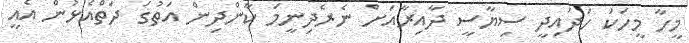
މީހާ މީހަކަ ހަދައިދީ ސިޔާސީ ދާއިރާއަށް ނެރެދިނީމަ ކާންދިން އަތުގަ ދަތްއެޅުން އެއީ